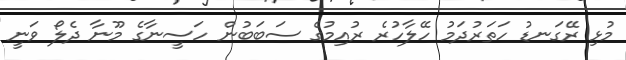
މުޅި ރޭގަަނޑު ހަތަރުދަމު ހޭލާހުރެ ރުއިމުގެ ސަބަަބުން ހަސީނާގެ މޫނާ ދެލޯ ވަނީ